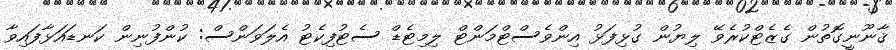
ޤާނޫނީގޮތުން ގެޒެޓްކުރެވޭ ލިޔުން ގުޅިފަޅު އިންވެސްޓްމަންޓް ލިމިޓެޑް ސެޓުފިކެޓު އެލަވަންސް: ކުންފުނިން ކަނޑައަޅާފައިވާ